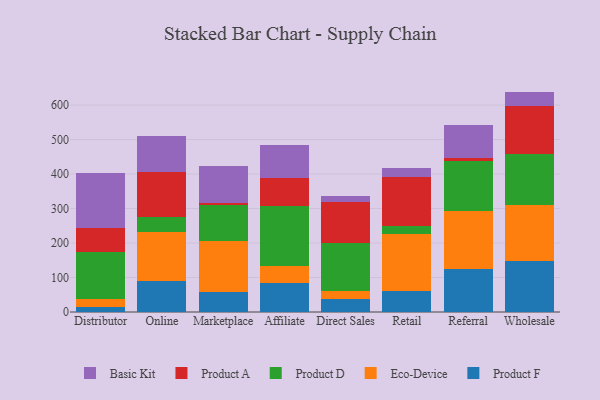
{"axis": {"x": "Channel", "y": "Conversion Rate (%)"}, "legend": ["Basic Kit", "Eco-Device", "Product A", "Product D", "Product F"], "data": [{"x": "Distributor", "y": 13.9, "type": "Product F"}, {"x": "Distributor", "y": 23.1, "type": "Eco-Device"}, {"x": "Distributor", "y": 137.1, "type": "Product D"}, {"x": "Distributor", "y": 68.8, "type": "Product A"}, {"x": "Distributor", "y": 159.8, "type": "Basic Kit"}, {"x": "Online", "y": 88.8, "type": "Product F"}, {"x": "Online", "y": 142.6, "type": "Eco-Device"}, {"x": "Online", "y": 44.5, "type": "Product D"}, {"x": "Online", "y": 130.0, "type": "Product A"}, {"x": "Online", "y": 104.7, "type": "Basic Kit"}, {"x": "Marketplace", "y": 59.4, "type": "Product F"}, {"x": "Marketplace", "y": 146.4, "type": "Eco-Device"}, {"x": "Marketplace", "y": 104.0, "type": "Product D"}, {"x": "Marketplace", "y": 6.4, "type": "Product A"}, {"x": "Marketplace", "y": 105.9, "type": "Basic Kit"}, {"x": "Affiliate", "y": 83.9, "type": "Product F"}, {"x": "Affiliate", "y": 49.8, "type": "Eco-Device"}, {"x": "Affiliate", "y": 173.2, "type": "Product D"}, {"x": "Affiliate", "y": 82.0, "type": "Product A"}, {"x": "Affiliate", "y": 95.1, "type": "Basic Kit"}, {"x": "Direct Sales", "y": 37.2, "type": "Product F"}, {"x": "Direct Sales", "y": 24.9, "type": "Eco-Device"}, {"x": "Direct Sales", "y": 138.6, "type": "Product D"}, {"x": "Direct Sales", "y": 119.3, "type": "Product A"}, {"x": "Direct Sales", "y": 16.6, "type": "Basic Kit"}, {"x": "Retail", "y": 60.5, "type": "Product F"}, {"x": "Retail", "y": 164.3, "type": "Eco-Device"}, {"x": "Retail", "y": 23.7, "type": "Product D"}, {"x": "Retail", "y": 144.0, "type": "Product A"}, {"x": "Retail", "y": 23.8, "type": "Basic Kit"}, {"x": "Referral", "y": 123.4, "type": "Product F"}, {"x": "Referral", "y": 169.5, "type": "Eco-Device"}, {"x": "Referral", "y": 143.9, "type": "Product D"}, {"x": "Referral", "y": 8.7, "type": "Product A"}, {"x": "Referral", "y": 97.7, "type": "Basic Kit"}, {"x": "Wholesale", "y": 147.7, "type": "Product F"}, {"x": "Wholesale", "y": 161.7, "type": "Eco-Device"}, {"x": "Wholesale", "y": 149.3, "type": "Product D"}, {"x": "Wholesale", "y": 138.8, "type": "Product A"}, {"x": "Wholesale", "y": 41.5, "type": "Basic Kit"}]}